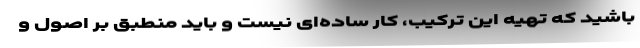
باشید که تهیه این ترکیب، کار ساده‌ای نیست و باید منطبق بر اصول و